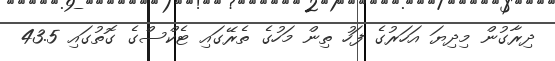
ދިރާގުން މިދިޔަ އަހަރުގެ ފަހު ތިން މަހުގެ ތެރޭގައި ޓެކްސްގެ ގޮތުގައި 43.5